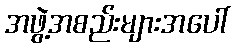
အဖွဲ့အစည်းများအပေါ်